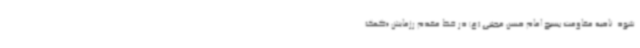
شود. ناحیه مقاومت بسیج امام حسن مجتبی (ع) در خط مقدم رزمایش «کمک